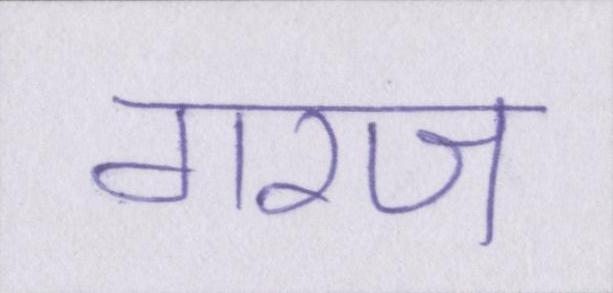
गरज